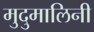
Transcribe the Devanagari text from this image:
मुदुमालिनी